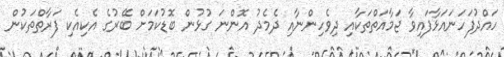
ހައްދުފަހަނައަޅާފައިވާ ޖަމާއަތްތަކާއި ދިވެހިންނާއި ދެމެދު އޮންނަ ގުޅުން ބޮޑުކަމަށް ބޭރުގެ އެކިއެކި ފަރާތްތަކުން